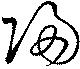
歸